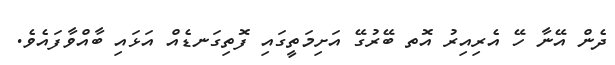
ދެން އޭނާ ހޭ އެރިއިރު އޮތ ބޭރުގޭ އަށިމަތީގައި ފޮތިގަނޑެއް އަޅައި ބާއްވާފައެވެ.